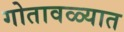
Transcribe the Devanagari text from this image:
गोतावळ्यात